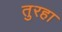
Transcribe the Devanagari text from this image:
तुरहा